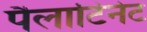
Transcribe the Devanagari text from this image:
पैलाटिनेट